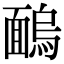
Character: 𩈺